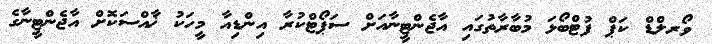
ވޯރލްޑް ކަޕް ފުޓްބޯޅަ މުބާރާތުގައި އާޖެންޓީނާއަށް ސަޕޯޓްކުރާ އިންޑިއާ މީހަކު ޚާއްސަކޮށް އާޖެންޓީނާގެ